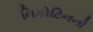
નિકોટિનનો